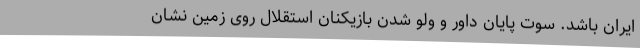
ایران باشد. سوت پایان داور و ولو شدن بازیکنان استقلال روی زمین نشان